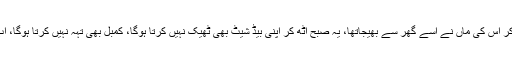
ویڈیو میں یہ بھی سنا جاسکتا ہے کہ”کیا کیا خواب لے کر اس کی ماں نے اسے گھر سے بھیجاتھا، یہ صبح اٹھ کر اپنی بیڈ شیٹ بھی ٹھیک نہیں کرتا ہوگا، کمبل بھی تہہ نہیں کرتا ہوگا، اب یہ یہاں لگاہوا ہے ، اس بارے میں آپ کا کیا کہنا ہے؟